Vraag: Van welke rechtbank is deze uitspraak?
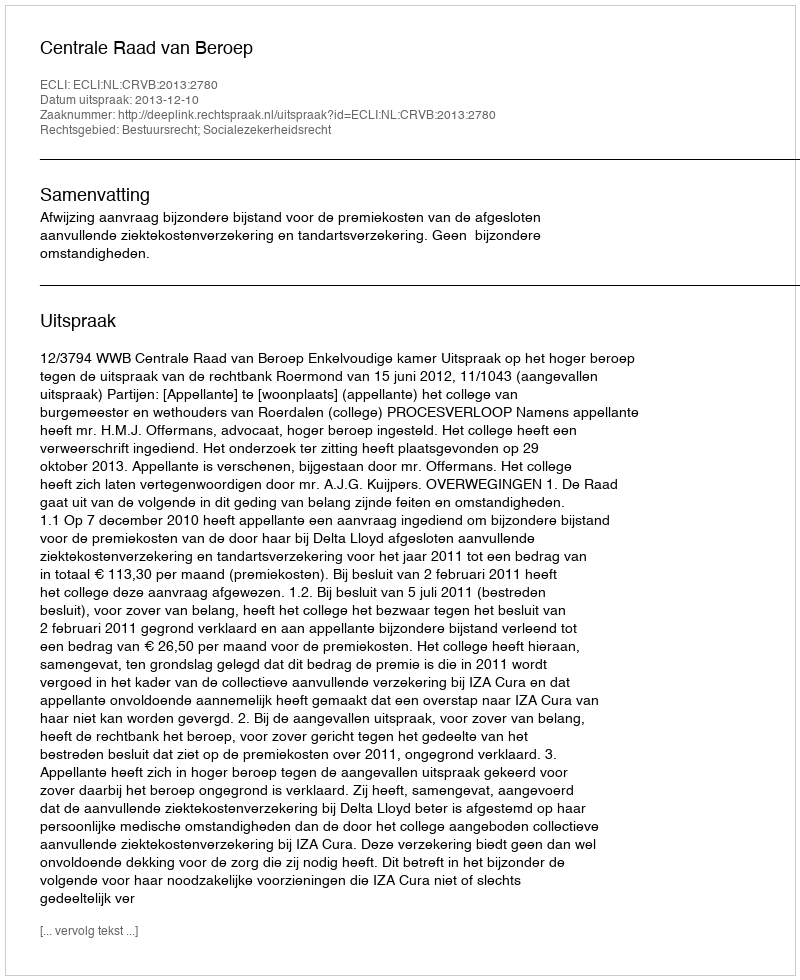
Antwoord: Centrale Raad van Beroep